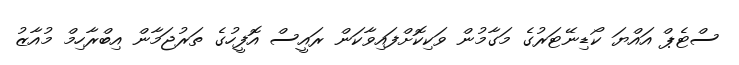
ސްޓެޕް އައްޔަ ކޯޑިނޭޓަރުގެ މަގާމުން ވަކިކޮށްފައިވާކަން ރައީސް އޮފީހުގެ ތަރުޖަމާން އިބްރާހިމް މުއާޒު